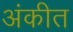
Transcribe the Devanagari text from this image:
अंकीत